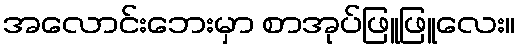
အလောင်းဘေးမှာ စာအုပ်ဖြူဖြူလေး။